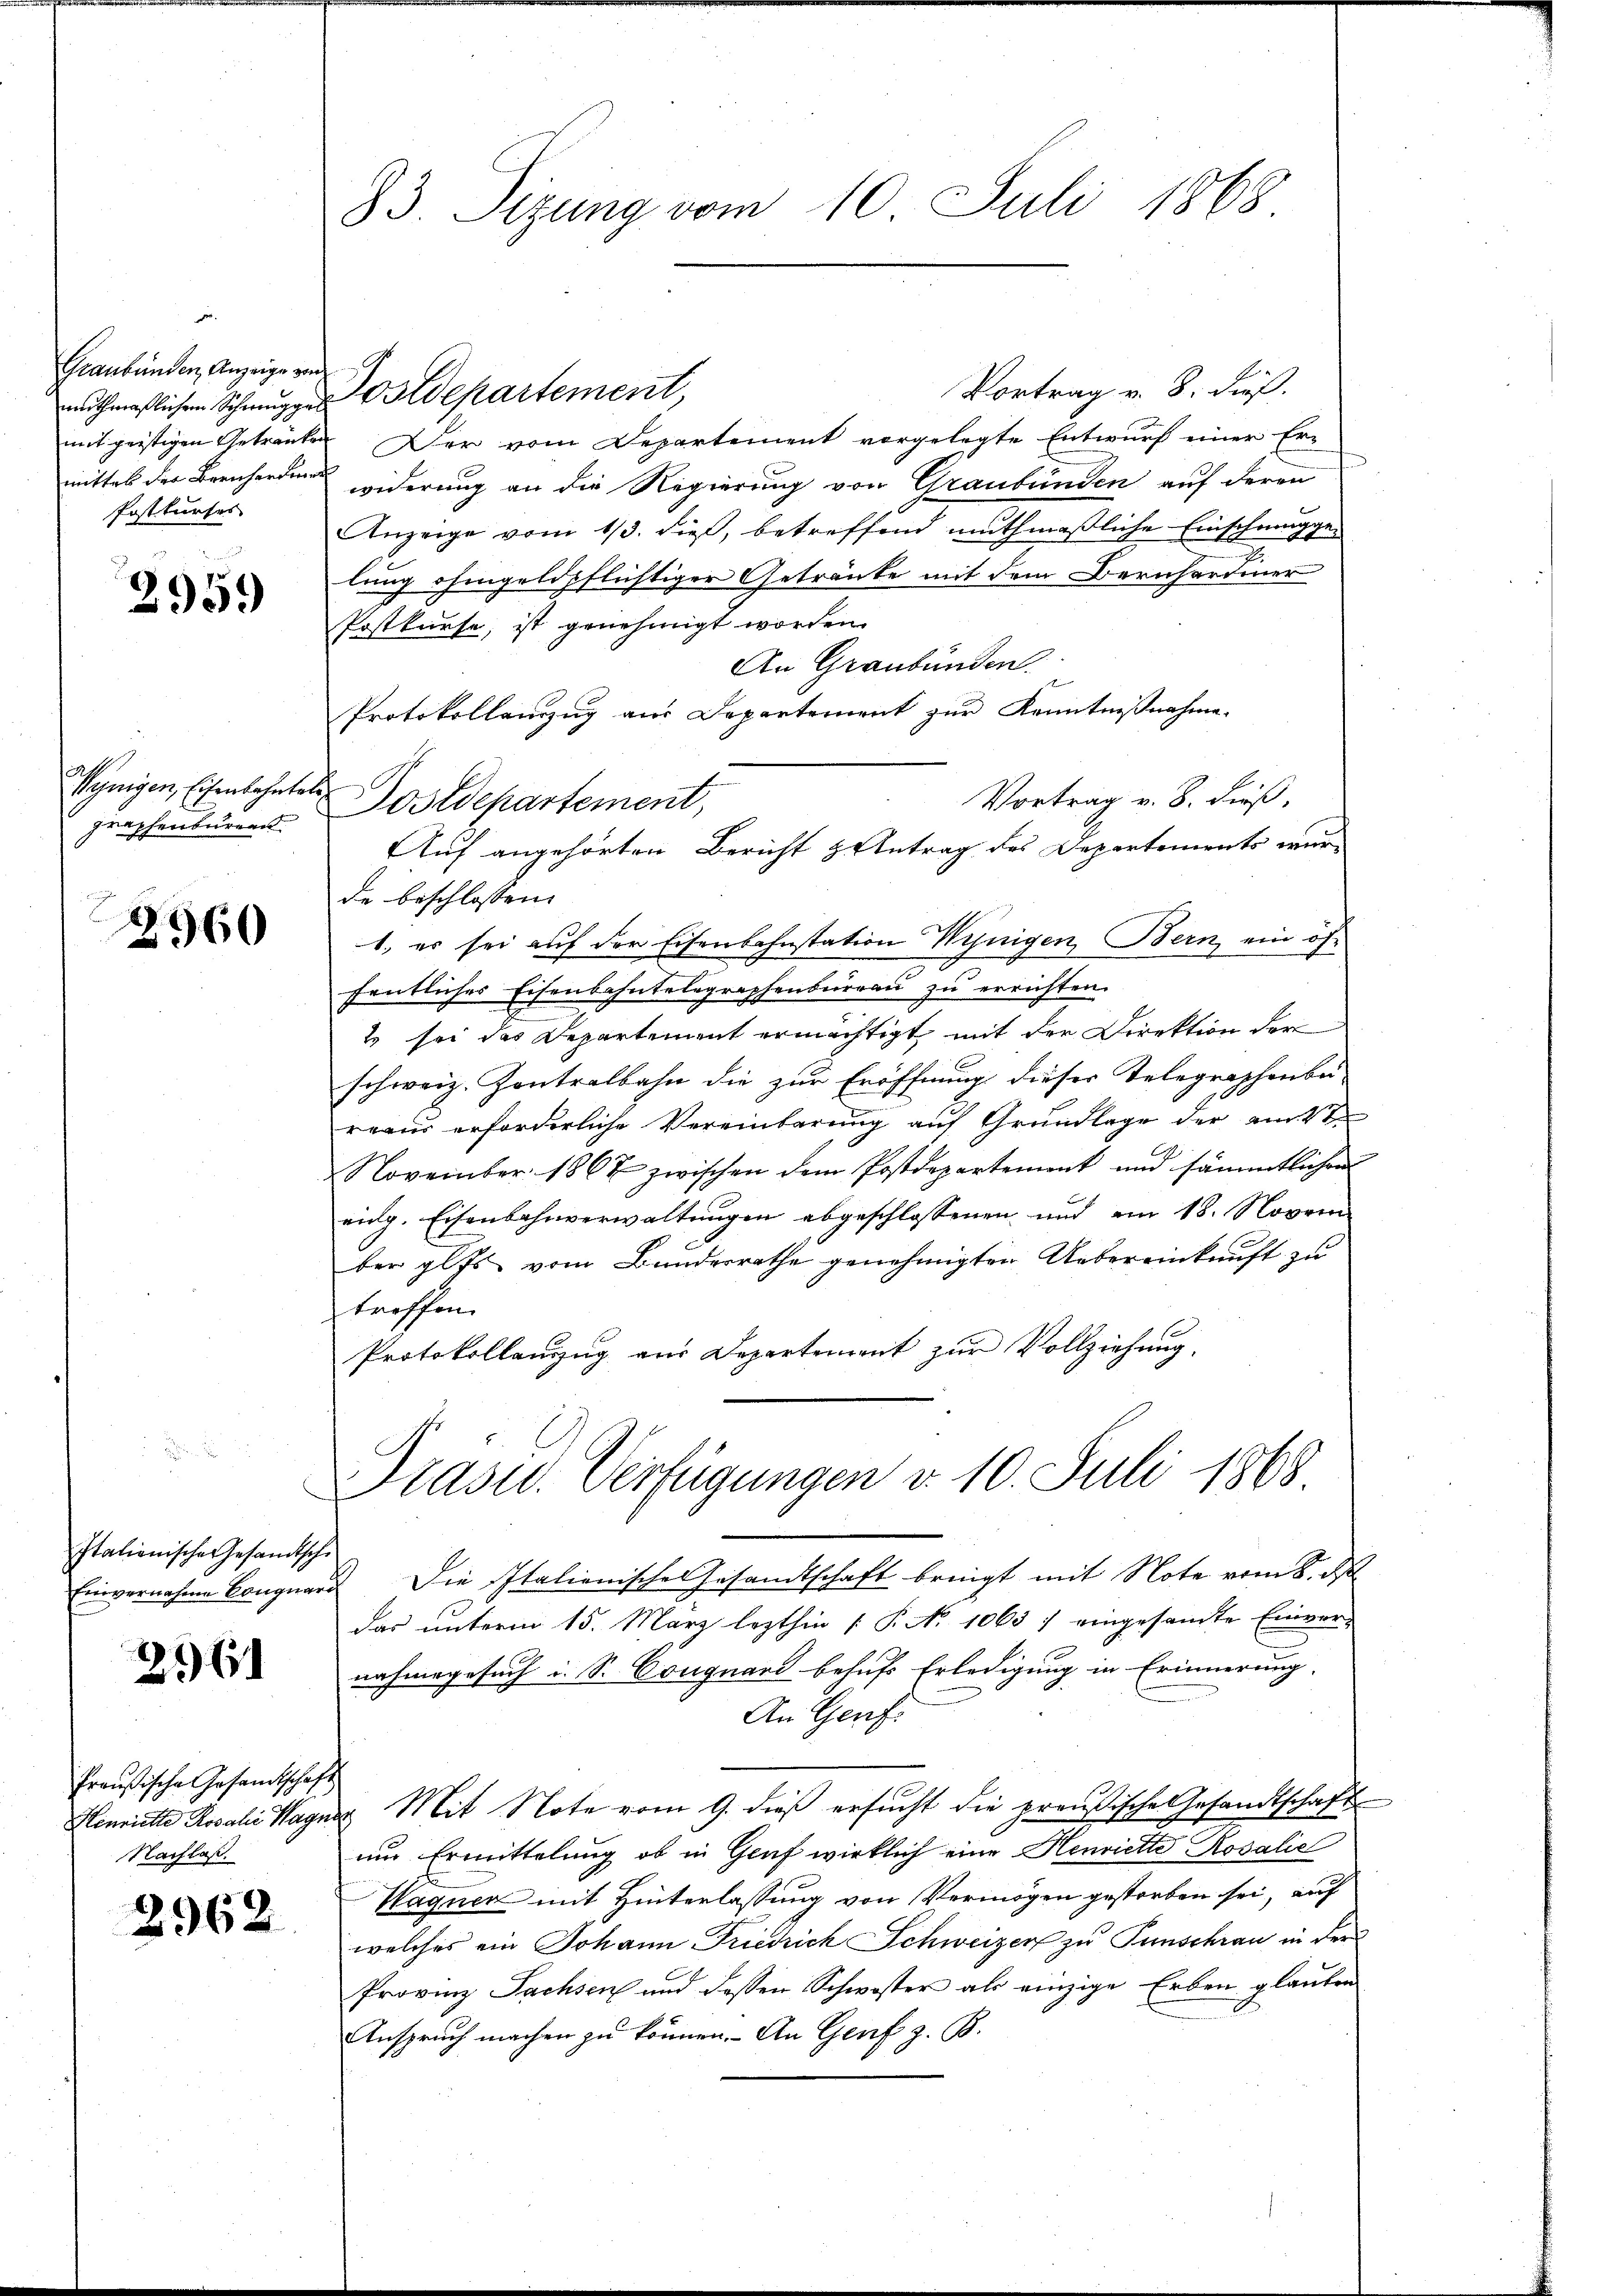
Graubünden Anzeige von
Postkurses

2959

graphenbureau

2960

Italienische Gesandtsche
Einvernahme Conquar

261

Preußische Gesandtschaft
Nachlaß.

2962

Vortrag v. 8. dieß.
muthmaßlichen Schmugger Ordepartement,
mit geistigen Getranken. Der vom Departement vorgelegte Entwurf einer Ermittel der Bernhardings widerung an die Regierung von Graubünden auf deren
Anzeige vom 13. dieß, betreffend muthmaßliche Einschmuggen
lung ohngeldpflichtiger Getränke mit dem Bernhardiner
Postkurse, ist genehmigt worden.
An Graubünden.
Protokollanzug aus Departement zur Kenntnißnahme.
Synigen Eisenbahntes Postdepartement,
Vortrag v. 8. dieß,
de beschlossen:
1.) es sei auf der Eisenbahnstation Winigen Bern, ein öffentliches Eisenbahntelegraphenbŭrgaŭ zŭ errichten.
2 sei das Departement ermächtigt, mit der Direktion der
schweiz. Kontralbahn die zur Eröffnung dieser Telegraphenbe-
reaus erforderliche Vereinbarung auf Grundlage der am 2ten
November 1867 zwischen dem Postdepartement und sämmtlichen
eichg. Eisenbahnverwaltungen abgeschlossenen und am 18. Novem
ber glts vom Bundesrathe genehmigten Uebereinkunft zu
troffen.
Protokollanzug aus Departement zur Vollziehung.

83. Sizung vom 10. Juli 1868

Auf angehörten Bericht & Antrag des Departements wur¬

Präsid. Verfügungen v. 10. Juli 1868.

Die Italienisches Gesandtschaft bringt mit Note vom 8. ds
das unterm 15. März lezthin (P. No 1063 / eingesandte Einver-
nahmegesuch i. S. Conguard behufs Erledigung in Erinnerung.
An Genf.
Henriette Rosalii Wagnes Mit Note vom 9. dieß ersucht die preußische Gesandtschaft
um Ermittelung ob in Graf wirklich eine Henriette Rosalie
Wagner mit Hinterlassung von Vermögen gestorben sei, auf
welches ein Johann Friedrich Schweizer zu Tunschrau in der
Provinz Sachsen und dessen Schwister als einzige Erben glauben
Anspruch machen zu können. An Genf z. B.